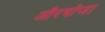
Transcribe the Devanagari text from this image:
औरभोजा